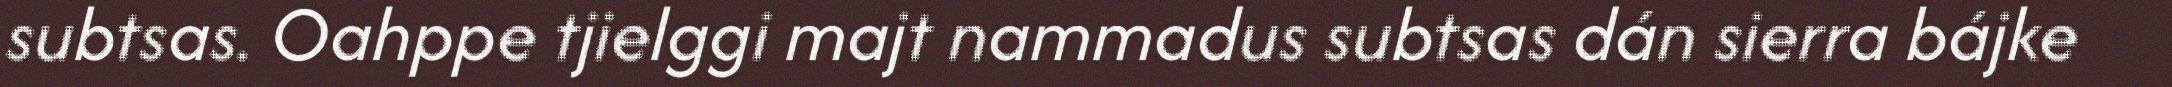
subtsas. Oahppe tjielggi majt nammadus subtsas dán sierra bájke